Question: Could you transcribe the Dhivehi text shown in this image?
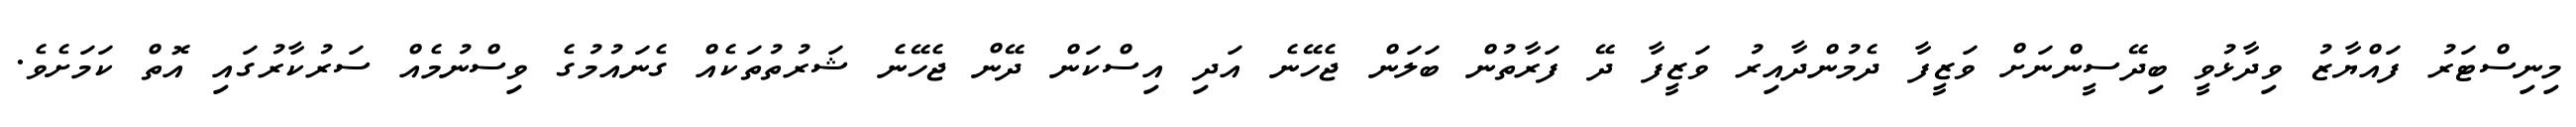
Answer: މިނިސްޓަރު ފައްޔާޒު ވިދާޅުވީ ބިދޭސީންނަށް ވަޒީފާ ދެމުންދާއިރު ވަޒީފާ ދޭ ފަރާތުން ބަލަން ޖެހޭނެ އަދި އިސްކަން ދޭން ޖެހޭނެ ޝަރުތުތަކެއް ގެނައުމުގެ ވިސްނުމެއް ސަރުކާރުގައި އޮތް ކަމަށެވެ.